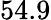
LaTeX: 54.9